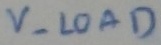
Text: V- LOAD